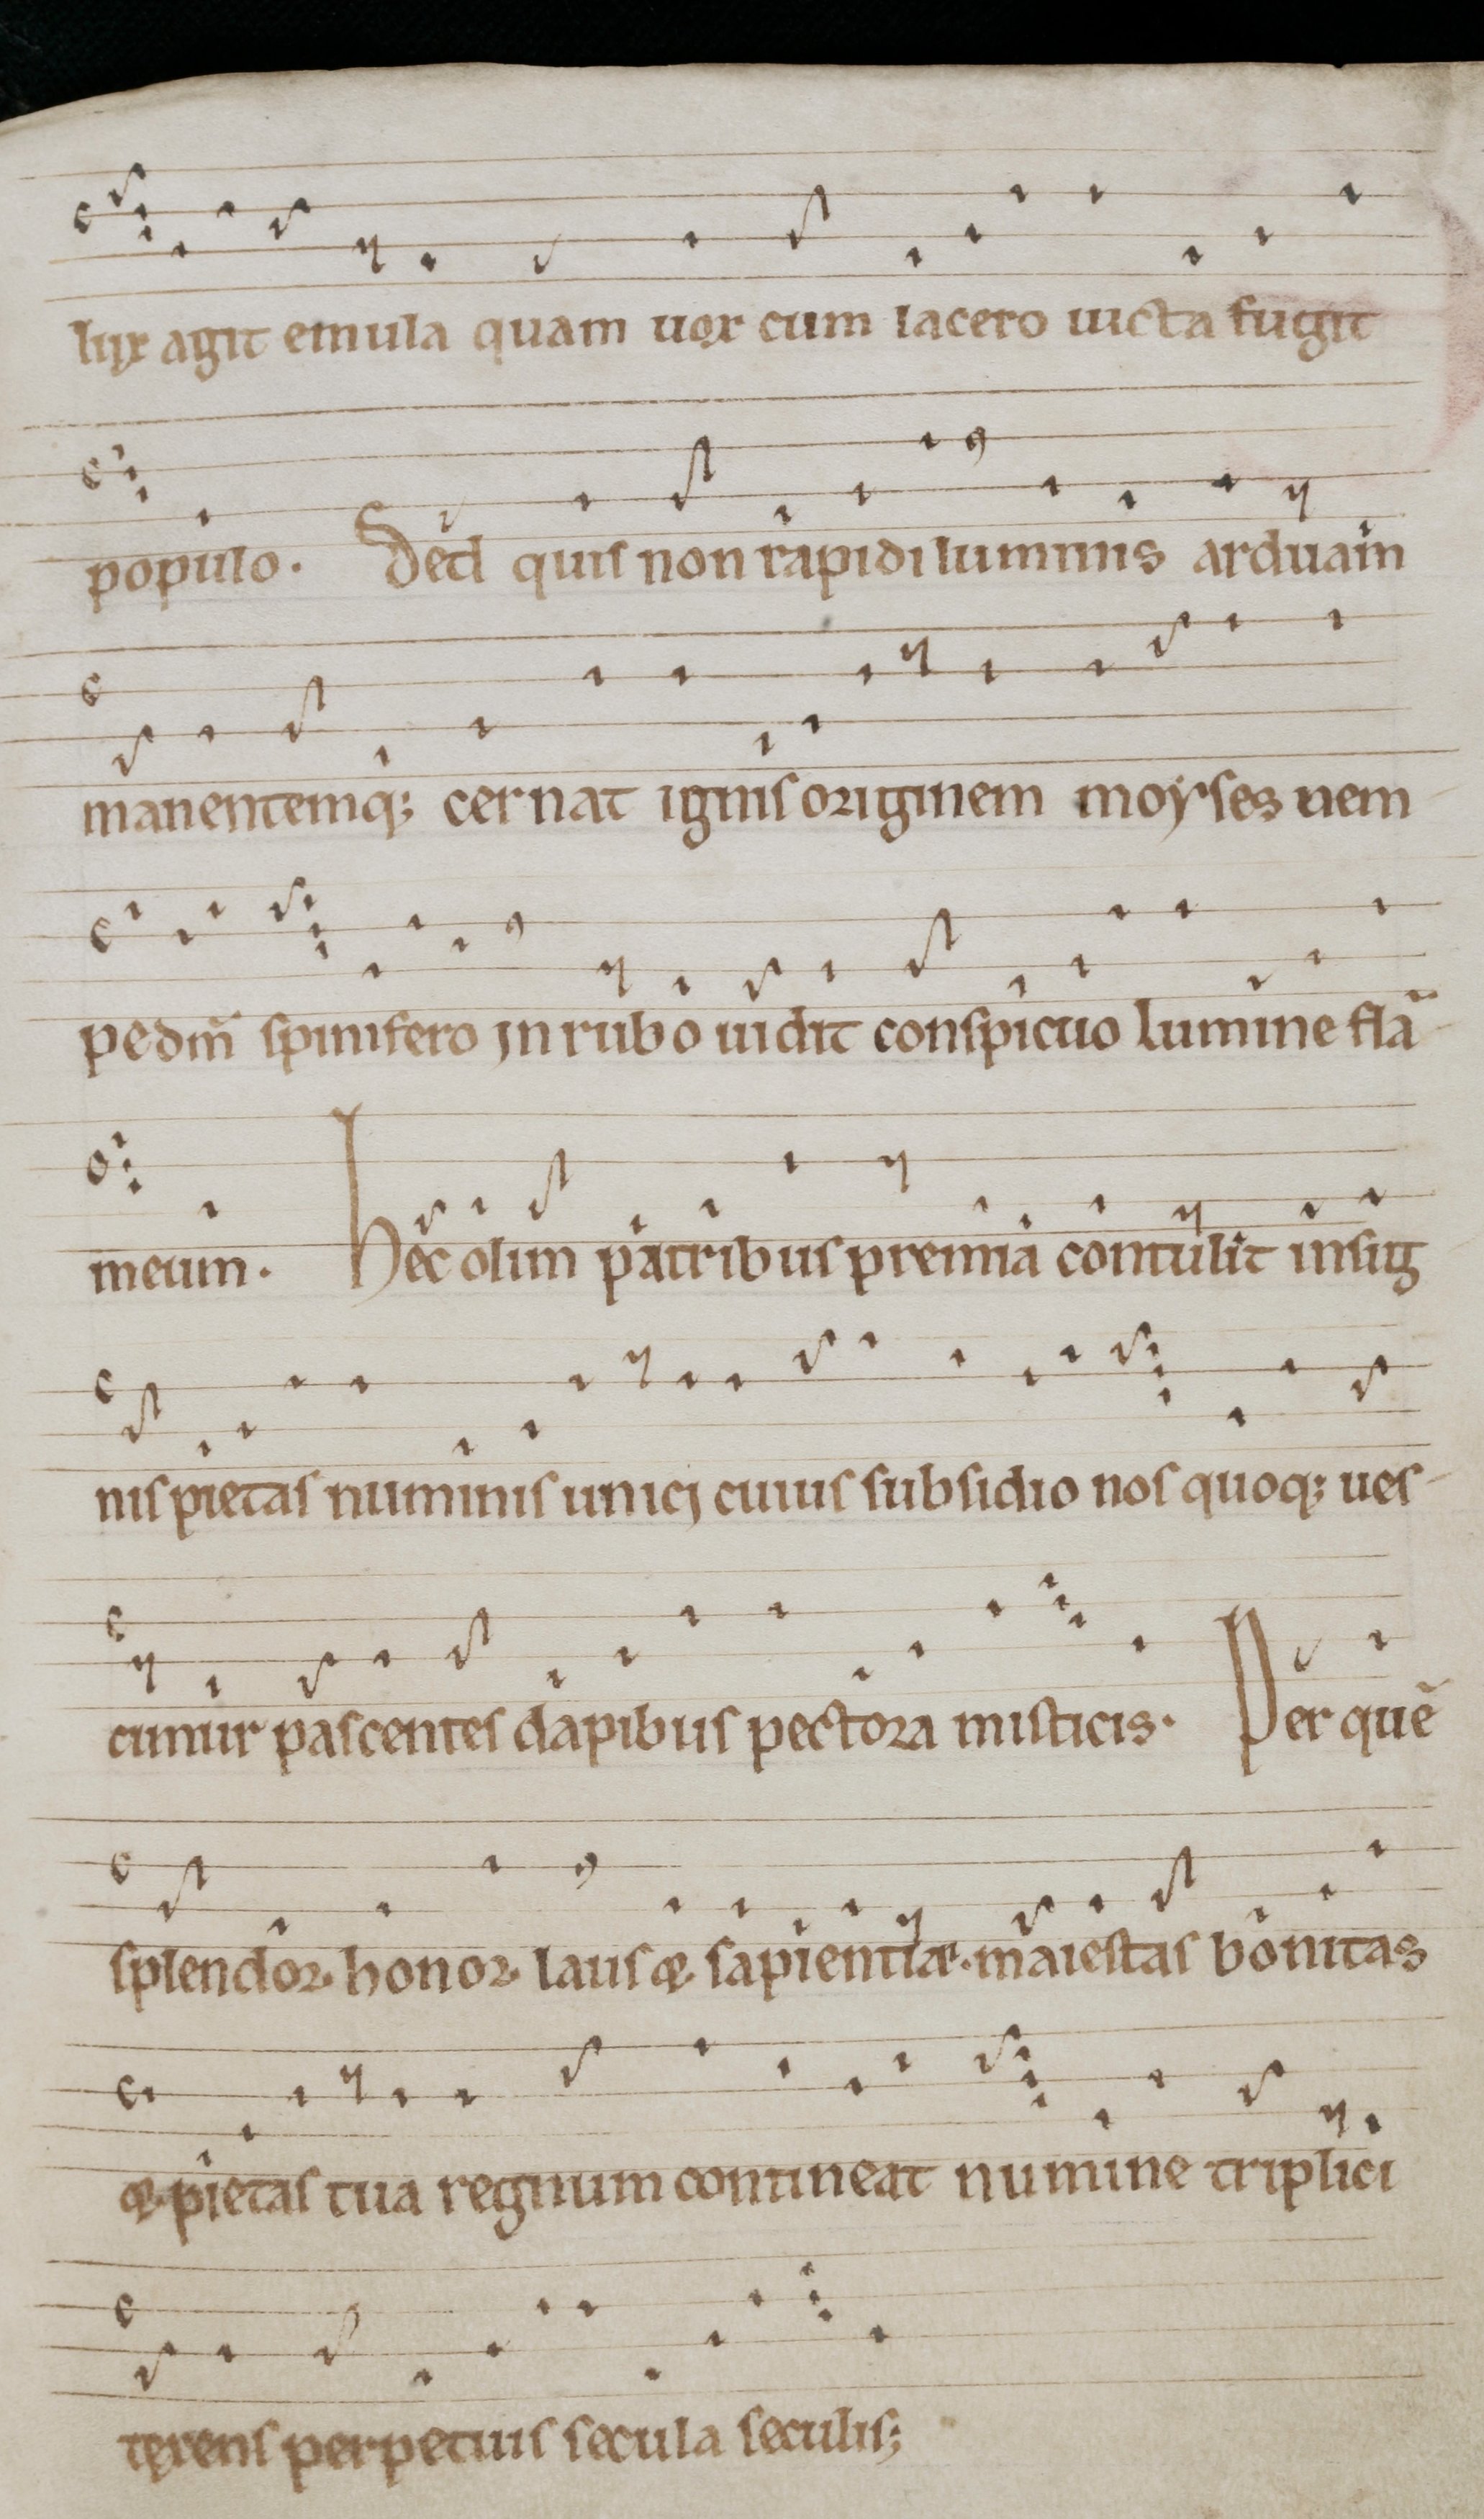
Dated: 1140–1170